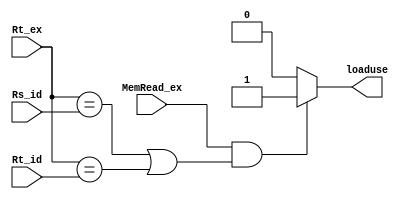
module Loaduse(input MemRead_ex,input [4:0] Rs_id,input [4:0] Rt_id,input [4:0] Rt_ex,output reg loaduse);    //Rs,Rt

always @(*)
begin
    if(MemRead_ex==1'bx)
     loaduse<=0;
     else if((MemRead_ex==1 )&&((Rt_ex==Rs_id)|(Rt_ex==Rt_id)))
     loaduse<=1;
     else loaduse<=0;
end


initial
begin
    loaduse<=0;
end

endmodule